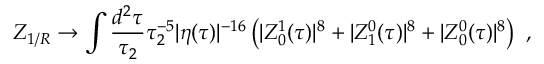
Z _ { 1 / R } \to \int \frac { d ^ { 2 } \tau } { \tau _ { 2 } } \tau _ { 2 } ^ { - 5 } | \eta ( \tau ) | ^ { - 1 6 } \left( | Z _ { 0 } ^ { 1 } ( \tau ) | ^ { 8 } + | Z _ { 1 } ^ { 0 } ( \tau ) | ^ { 8 } + | Z _ { 0 } ^ { 0 } ( \tau ) | ^ { 8 } \right) \ ,